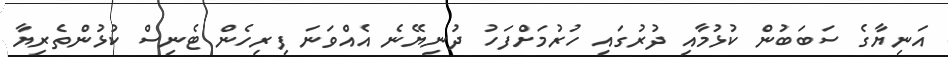
އަނިޔާގެ ސަބަބުން ކުޅުމާއި ދުރުގައި ހުރުމަށްފަހު ދުނިޔޭނެ އެއްވަނަ ފިރިހެން ޓެނިސް ކުޅުންތެރިޔާ